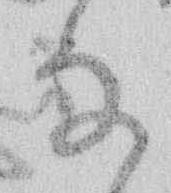
な